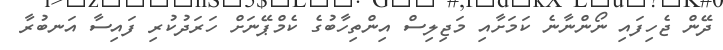
ދޭން ޖެހިފައި ނޯންނާނެ ކަމަށާއި މަޖިލިސް އިންތިހާބުގެ ކެމްޕޭނަށް ހަރަދުކުރި ފައިސާ އަނބުރާ